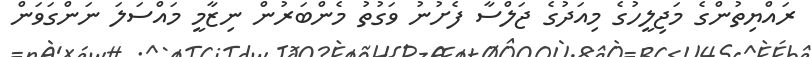
ރައްޔިތުންގެ މަޖިލީހުގެ މިއަދުގެ ޖަލްސާ ފެށުނު ވަގުތު މެންބަރުން ނިޒާމީ މައްސަލަ ނަންގަވަން